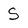
Character: S